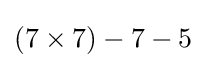
(7\times 7)-7-5